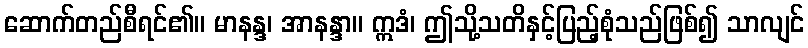
ဆောက်တည်စီရင်၏။ မာနန္ဒ၊ အာနန္ဒာ။ ဣဒံ၊ ဤသို့သတိနှင့်ပြည့်စုံသည်ဖြစ်၍ သာလျင်